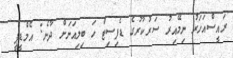
ރައީސްއަހަރު ނިމޭއިރު ސަރުކާރުގެ ޑެފިސިޓް ހަ ބިލިއަނަށް ދާނެ: އެމްޑީޕީ